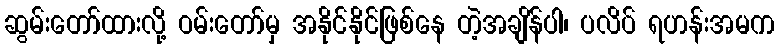
ဆွမ်းတော်ထားလို့ ဝမ်းတော်မှ အနိုင်နိုင်ဖြစ်နေ တဲ့အချိန်ပါ၊ ပလိပ် ရဟန်းအမက